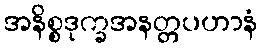
အနိစ္စဒုက္ခအနတ္တပဟာနံ